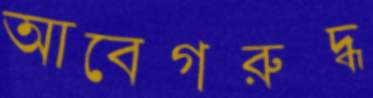
আবেগরুদ্ধ